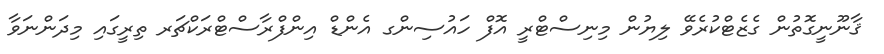
ޤާނޫނީގޮތުން ގެޒެޓްކުރެވޭ ލިޔުން މިނިސްޓްރީ އޮފް ހައުސިންގ އެންޑް އިންފްރާސްޓްރަކްޗަރ ތިރީގައި މިދަންނަވާ